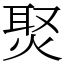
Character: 㷅